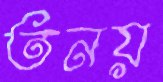
তনয়